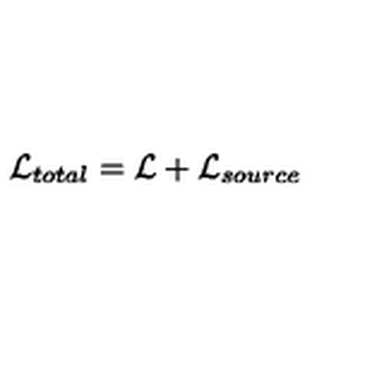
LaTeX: { \cal L } _ { t o t a l } = { \cal L } + { \cal L } _ { s o u r c e }